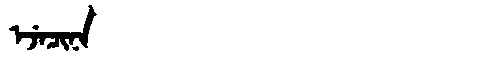
Manchu: ᡝᠵᡝᠴᡳᠨᠠ
Romanization: EJECINA